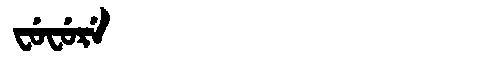
Manchu: ᠸᡠᠸᡠᡵᡝ
Romanization: FUFURE